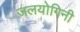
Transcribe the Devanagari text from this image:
जलयोगिनी